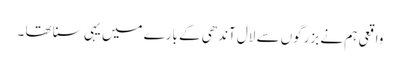
واقعی ہم نے بزرگوں سے لال آندھی کے بارے میں یہی سنا تھا ۔